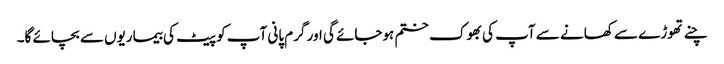
چنے تھوڑے سے کھانے سے آپ کی بھوک ختم ہوجائے گی اور گرم پانی آپ کو پیٹ کی بیماریوں سے بچائے گا۔